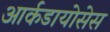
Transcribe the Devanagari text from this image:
आर्कडायोसेस